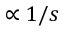
\propto 1 / s